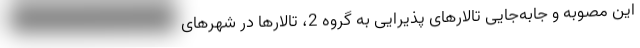
این مصوبه و جابه‌جایی تالارهای پذیرایی به گروه 2، تالارها در شهرهای